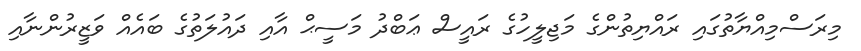
މިރަސްމިއްޔާތުގައި ރައްޔިތުންގެ މަޖިލީހުގެ ރައީސް ޢަބްދު މަސީޙް އާއި ދައުލަތުގެ ބައެއް ވަޒީރުންނާއި